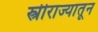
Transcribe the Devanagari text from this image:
स्त्रीराज्यातून